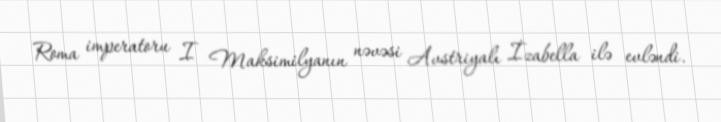
Roma imperatoru I Maksimilyanın nəvəsi Avstriyalı İzabella ilə evləndi.